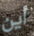
أين